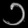
Digit: ၁